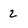
Character: 2